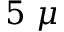
5 ~ \mu